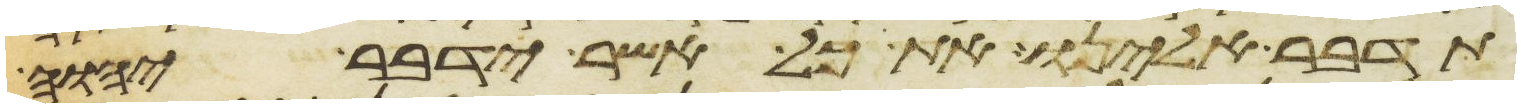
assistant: תדבר אלינו את כל אשר ידבר יהוה